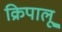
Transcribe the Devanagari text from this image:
क्रिपालू